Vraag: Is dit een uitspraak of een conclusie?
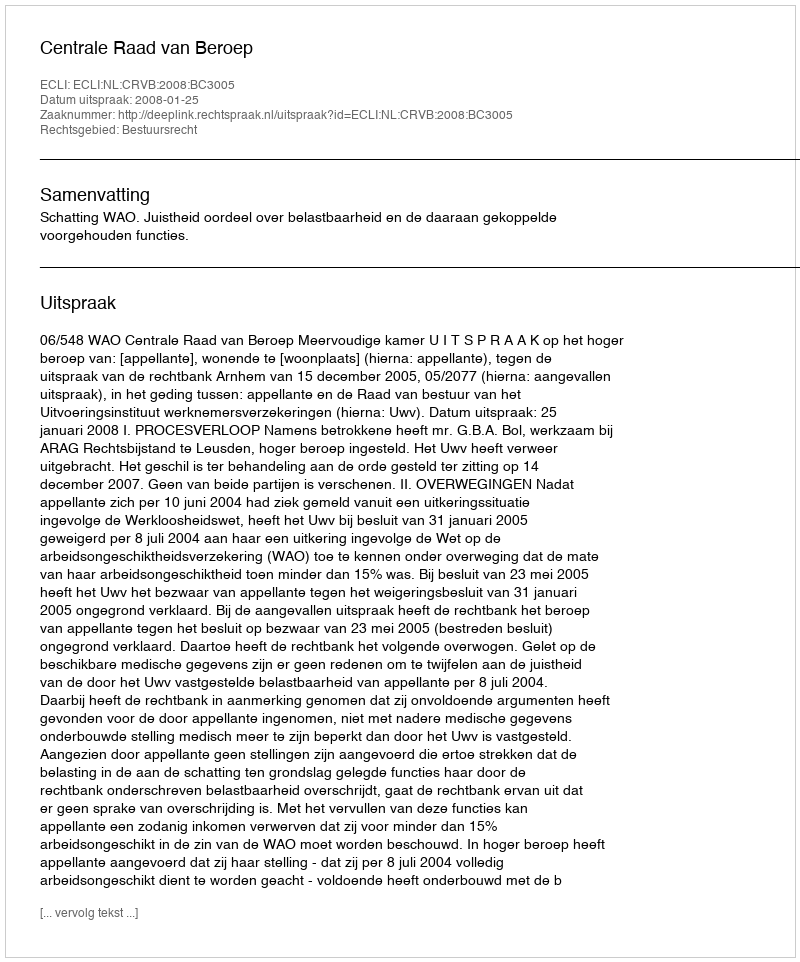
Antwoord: Uitspraak